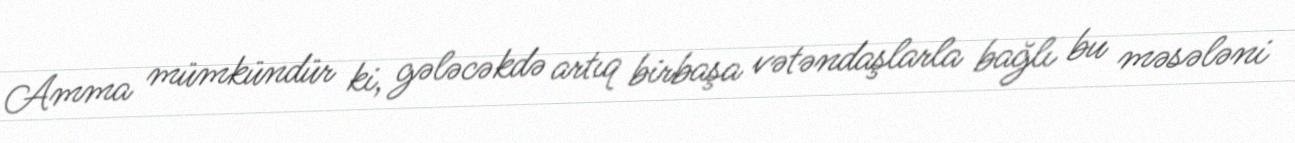
Amma mümkündür ki, gələcəkdə artıq birbaşa vətəndaşlarla bağlı bu məsələni